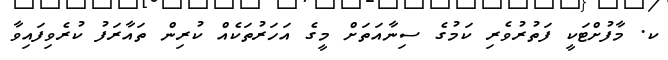
ކ. މާފުށްޓަކީ ފަތުރުވެރި ކަމުގެ ސިނާއަތަށް މީގެ އަހަރުތަކެއް ކުރިން ތައާރަފު ކުރެވިފައިވާ